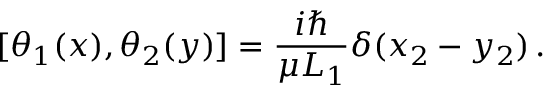
[ \theta _ { 1 } ( x ) , \theta _ { 2 } ( y ) ] = { \frac { i \hbar } { \mu L _ { 1 } } } \delta ( x _ { 2 } - y _ { 2 } ) \, .